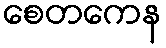
စေတကေန